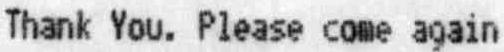
THANK YOU. PLEASE COME AGAIN